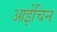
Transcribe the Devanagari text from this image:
आईचिन